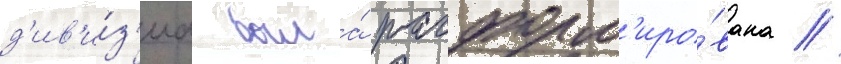
д'ив'и́з'иа была́ расформ'иро́вана //